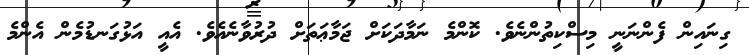
ގިނައިން ފެންނަނީ މިސްކިތުންނެވެ. ކޮންމެ ނަމާދަކަށް ޖަމާޢަތަށް ދުރުވާނެއެވެ. އެއީ އަޅުގަނޑުމެން އެންމެ